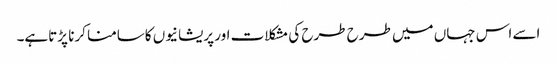
اسے اس جہاں میں طرح طرح کی مشکلات اور پریشانیوں کاسامنا کرنا پڑتاہے۔